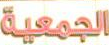
الجمعية